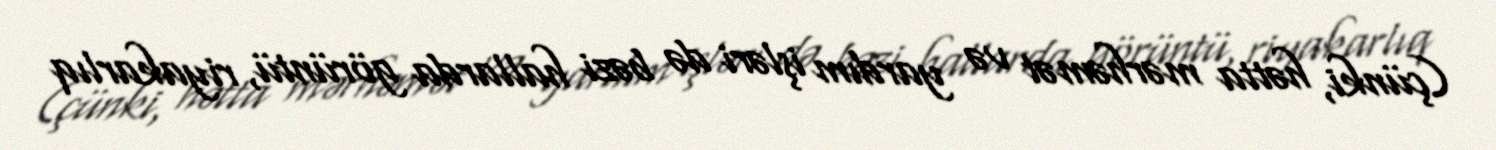
(çünki, hətta mərhəmət və yardım işləri də bəzi hallarda görüntü, riyakarlıq